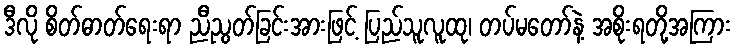
ဒီလို စိတ်ဓာတ်ရေးရာ ညီညွတ်ခြင်းအားဖြင့် ပြည်သူလူထု၊ တပ်မတော်နဲ့ အစိုးရတို့အကြား